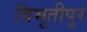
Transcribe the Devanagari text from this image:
विभूतीपुर